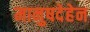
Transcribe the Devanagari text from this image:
मानुषदेहेन